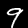
Label: 9